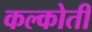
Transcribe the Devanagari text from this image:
कल्कोती